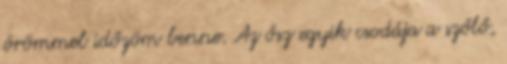
örömmel időzöm benne. Az ősz egyik csodája a szőlő,